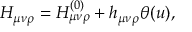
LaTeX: H _ { \mu \nu \rho } = H _ { \mu \nu \rho } ^ { ( 0 ) } + h _ { \mu \nu \rho } \theta ( u ) ,